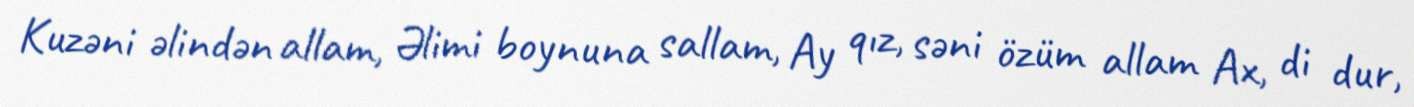
Kuzəni əlindən allam, Əlimi boynuna sallam, Ay qız, səni özüm allam Ax, di dur,